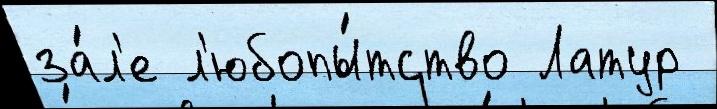
за́л'е л'юбопы́тство Латур